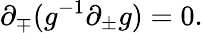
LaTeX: {\partial}_{\mp}(g^{-1}{\partial}_{\pm}g)=0.